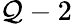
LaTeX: \mathcal{Q}-2